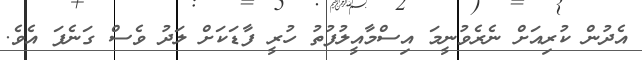
އެދުން ކުރިއަށް ނެރެވުނީމަ އިސްމާއީލުފުތު ހުރީ ފާޑަކަށް ލަދު ވެސް ގަނެފަ އެވެ.